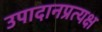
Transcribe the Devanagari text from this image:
उपादानप्रत्यक्ष